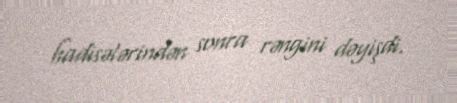
hadisələrindən sonra rəngini dəyişdi.